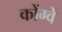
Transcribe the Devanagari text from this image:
कोंग्वे